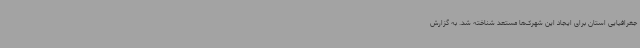
جغرافیایی استان برای ایجاد این شهرک‌ها مستعد شناخته شد. به گزارش